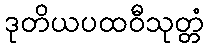
ဒုတိယပထဝီသုတ္တံ